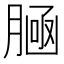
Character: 𰯀